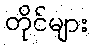
တိုင်များ